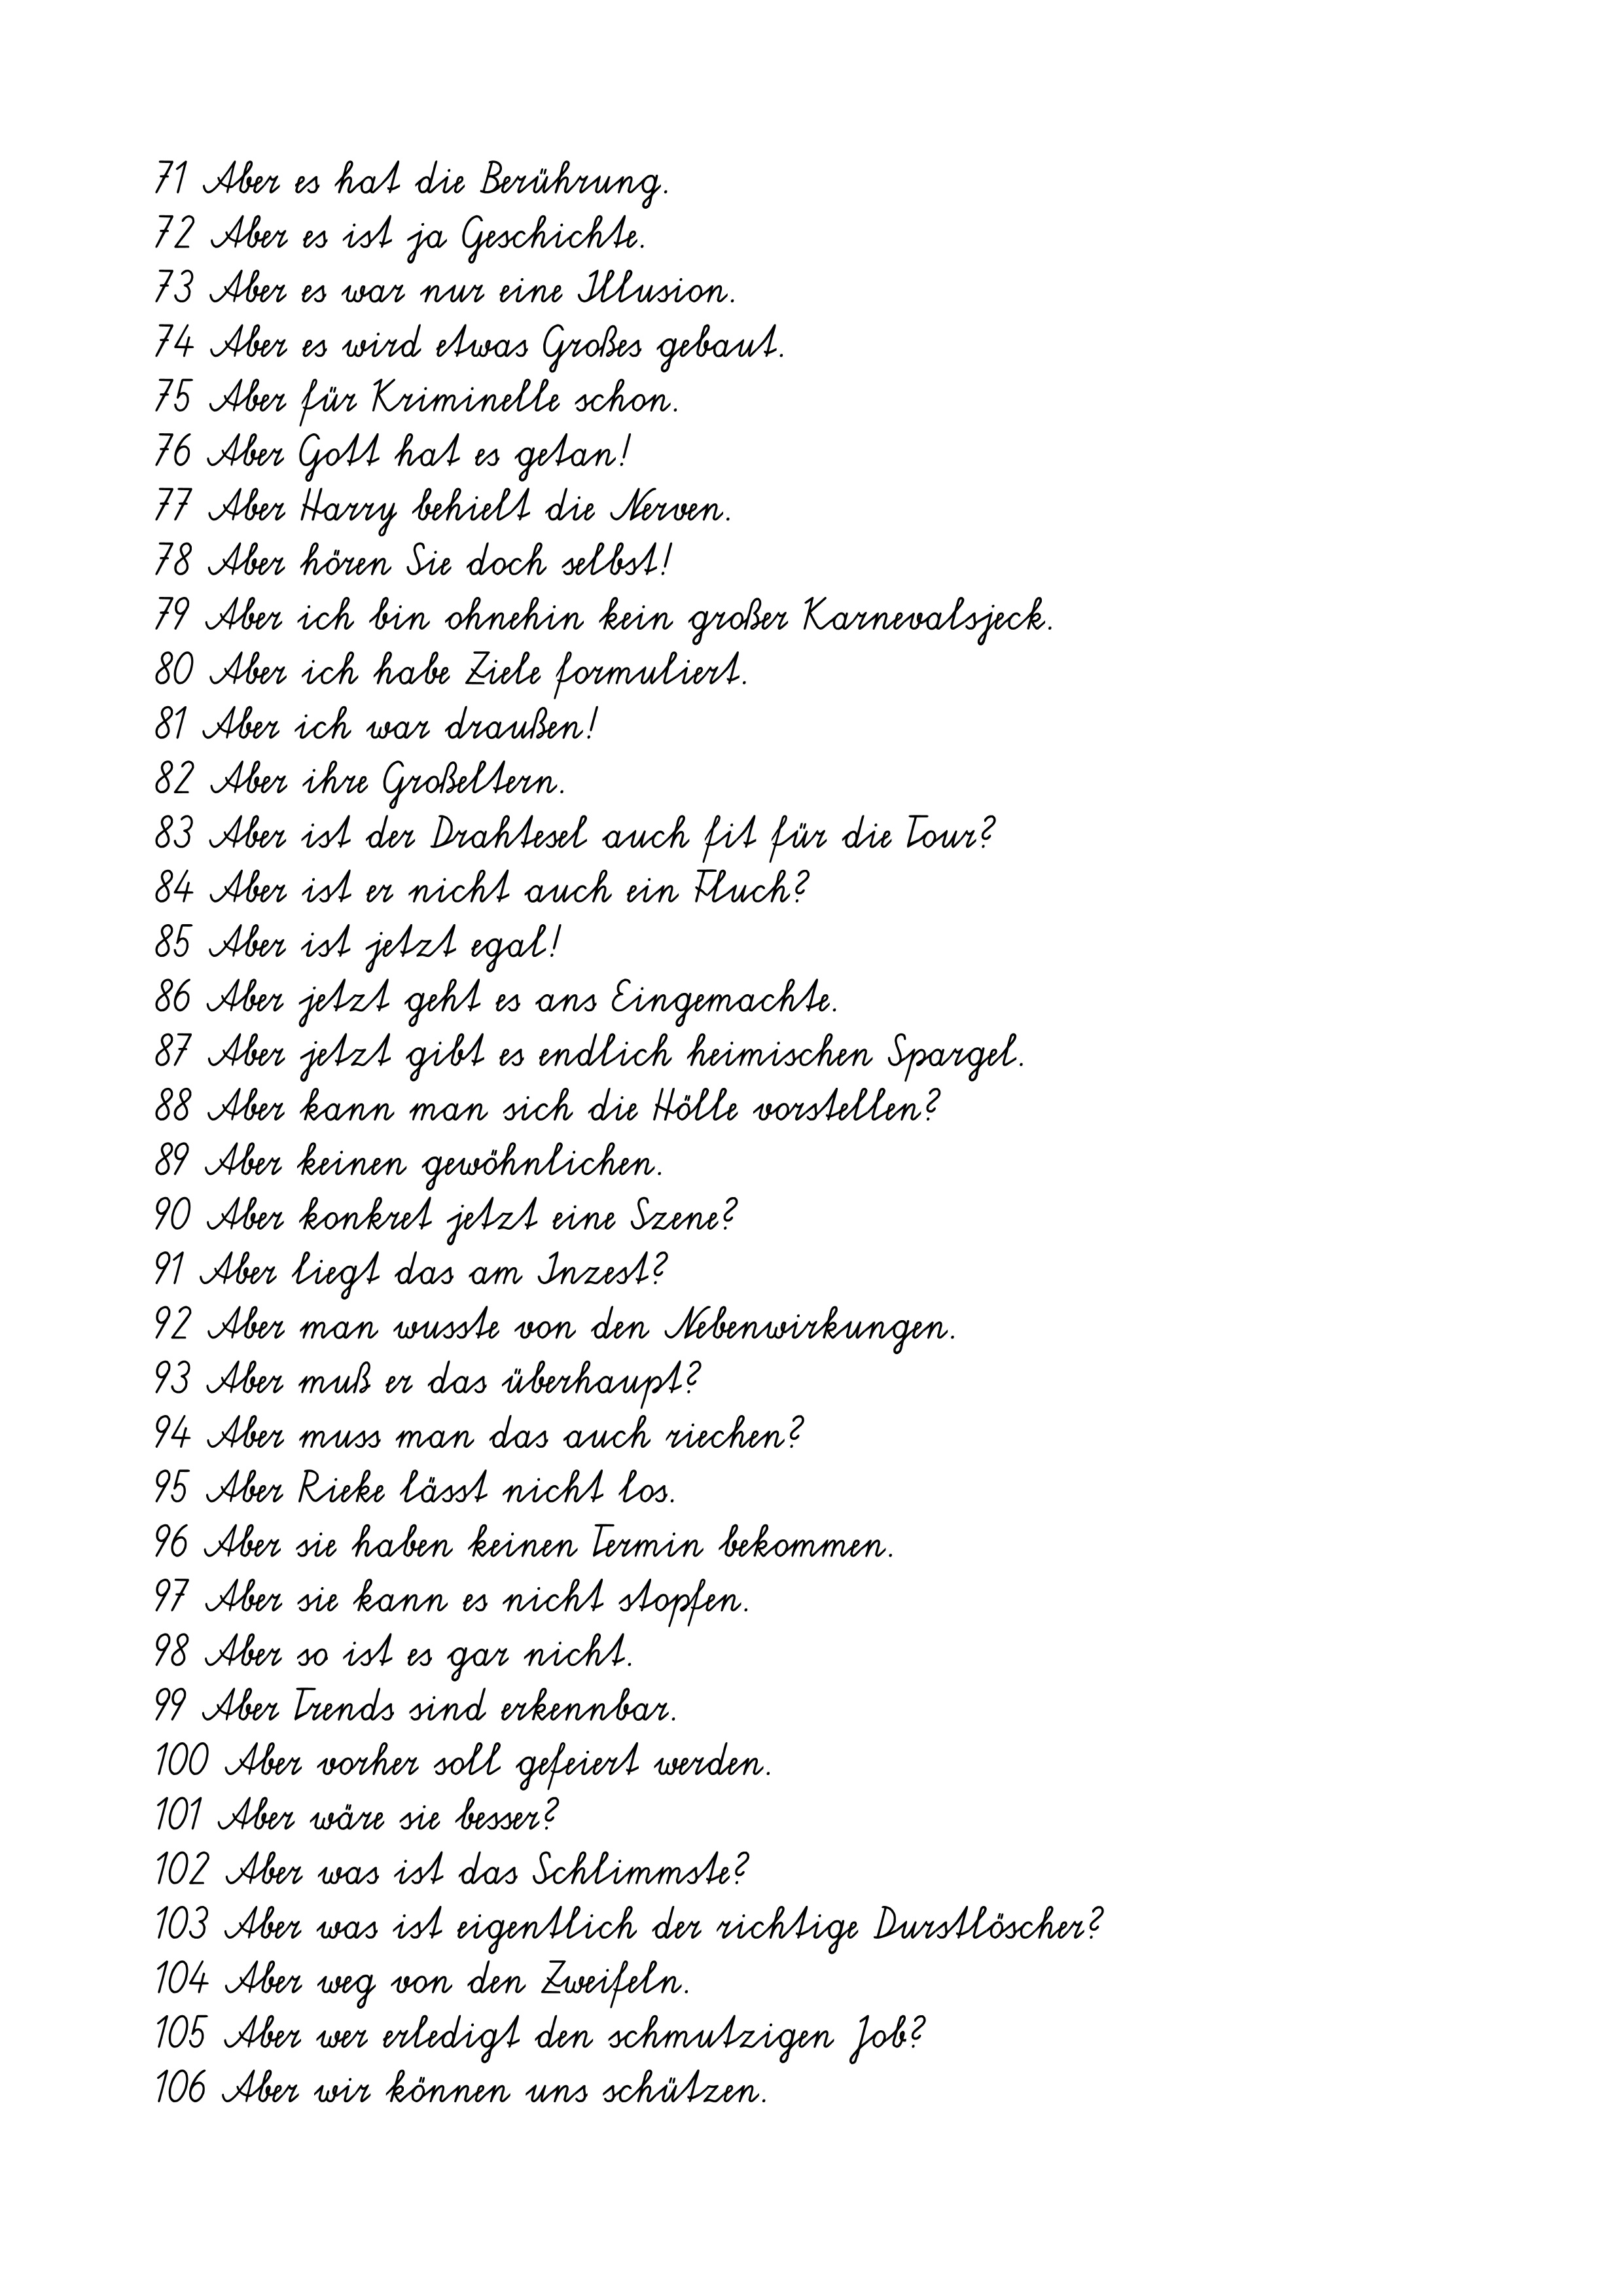
71 Aber es hat die Berührung.
72 Aber es ist ja Geschichte.
73 Aber es war nur eine Illusion.
74 Aber es wird etwas Großes gebaut.
75 Aber für Kriminelle schon.
76 Aber Gott hat es getan!
77 Aber Harry behielt die Nerven.
78 Aber hören Sie doch selbst!
79 Aber ich bin ohnehin kein großer Karnevalsjeck.
80 Aber ich habe Ziele formuliert.
81 Aber ich war draußen!
82 Aber ihre Großeltern.
83 Aber ist der Drahtesel auch fit für die Tour?
84 Aber ist er nicht auch ein Fluch?
85 Aber ist jetzt egal!
86 Aber jetzt geht es ans Eingemachte.
87 Aber jetzt gibt es endlich heimischen Spargel.
88 Aber kann man sich die Hölle vorstellen?
89 Aber keinen gewöhnlichen.
90 Aber konkret jetzt eine Szene?
91 Aber liegt das am Inzest?
92 Aber man wusste von den Nebenwirkungen.
93 Aber muß er das überhaupt?
94 Aber muss man das auch riechen?
95 Aber Rieke lässt nicht los.
96 Aber sie haben keinen Termin bekommen.
97 Aber sie kann es nicht stopfen.
98 Aber so ist es gar nicht.
99 Aber Trends sind erkennbar.
100 Aber vorher soll gefeiert werden.
101 Aber wäre sie besser?
102 Aber was ist das Schlimmste?
103 Aber was ist eigentlich der richtige Durstlöscher?
104 Aber weg von den Zweifeln.
105 Aber wer erledigt den schmutzigen Job?
106 Aber wir können uns schützen.